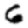
Digit: 6